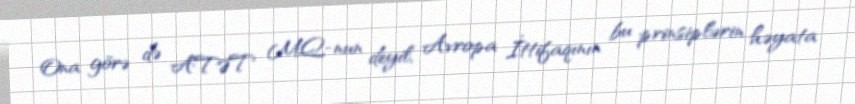
Ona görə də ATƏT MQ-nun deyil, Avropa İttifaqının bu prinsiplərin həyata